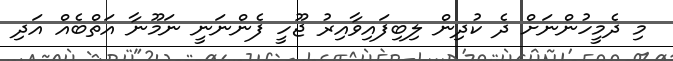
މި ދެމީހުންނަށް ދެ ކުދިން ލިބިފައިވާއިރު ޖޫހީ ފެންނަނީ ނަމޫނާ އަތްބެއް އަދި